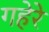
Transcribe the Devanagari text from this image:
गहेरे